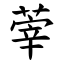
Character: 䔂